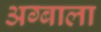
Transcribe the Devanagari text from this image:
अग्बाला